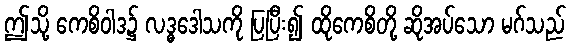
ဤသို့ ကေစိဝါဒ၌ လဒ္ဓဒေါသကို ပြပြီး၍ ထိုကေစိတို့ ဆိုအပ်သော မဂ်သည်